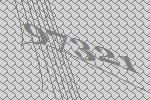
97321